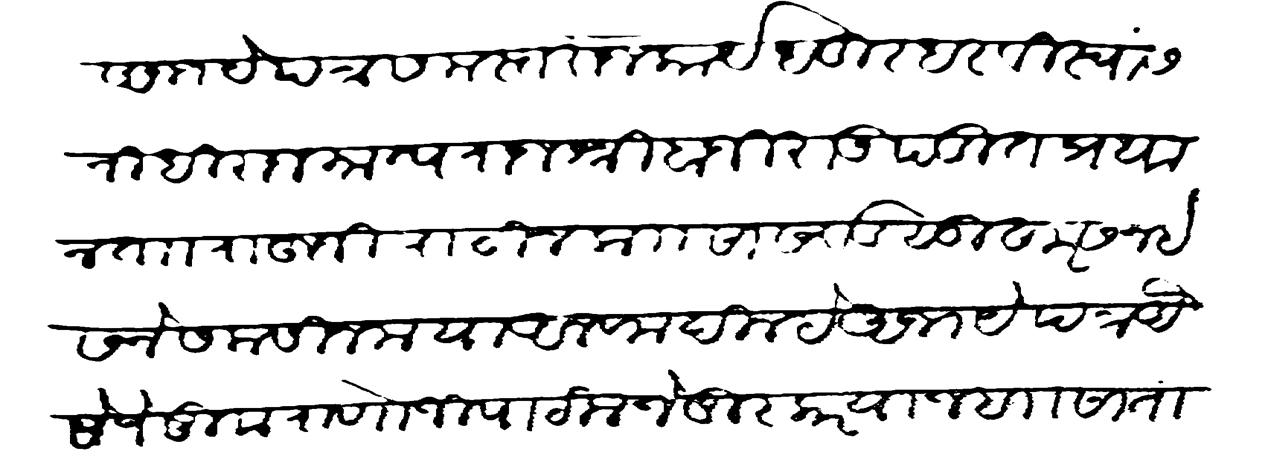
Transliteration (Devanagari): अभये पत्र समस्त राजकार्य धुरंधर विस्वासनिधी राजमान्य राजश्री बाजीराऊ पडीत प्रधान ता राऊजी पाटील क सासवड सुहूर सन ईसने सलासीन मया व अलफ दिल्हे अभये पत्र अैसेजे तुवा राणोजी पाटील जेजुरकर याज ब सातारा